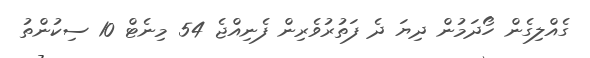
ގެއްލިގެން ހޯދަމުން ދިޔަ ދެ ފަތުރުވެރިން ފެނިއްޖެ 54 މިނެޓް 10 ސިކުންތު